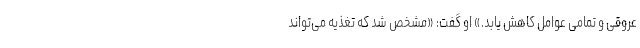
عروقی و تمامی عوامل کاهش یابد.» او گفت: «مشخص شد که تغذیه می‌تواند